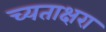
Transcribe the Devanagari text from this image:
च्यताक्षरा